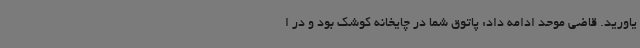
یاورید. قاضی موحد ادامه داد: پاتوق شما در چایخانه کوشک بود و در ا